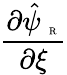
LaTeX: \frac{\partial\hat{\psi}_{\mathrm{~\tiny~R~}}}{\partial{\xi}}